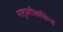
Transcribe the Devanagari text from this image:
राष्ट्रप्रतीकचिन्ह